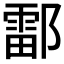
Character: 𫑪